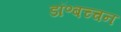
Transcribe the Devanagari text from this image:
डॉ॰बच्चन